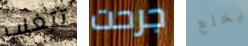
تتغلب جرحت يخلع